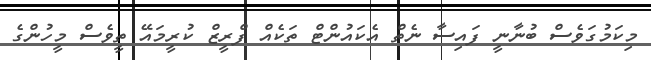
މިކަމުގަވެސް ބުނާނީ ފައިސާ ނެތް އެކައުންޓް ތަކެއް ފްރީޒް ކުރީމައޭ ތީވެސް މީހުންގެ